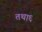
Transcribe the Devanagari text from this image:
तथा६